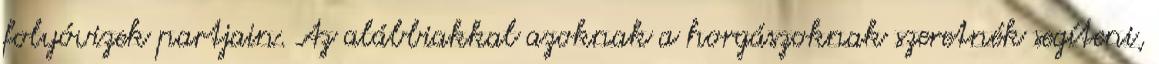
folyóvizek partjain. Az alábbiakkal azoknak a horgászoknak szeretnék segíteni,